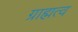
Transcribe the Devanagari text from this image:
ग्राह्मत्व